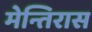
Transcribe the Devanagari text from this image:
मेन्तिरास